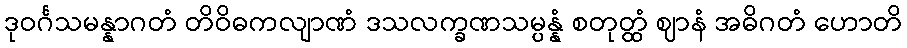
ဒုဝင်္ဂသမန္နာဂတံ တိဝိဓကလျာဏံ ဒသလက္ခဏသမ္ပန္နံ စတုတ္ထံ ဈာနံ အဓိဂတံ ဟောတိ